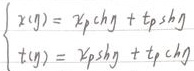
\[\begin{cases}x(y)=x_{P}\text{ch}y + t_{P}\text{sh}y\\t(y)=x_{P}\text{sh}y + t_{P}\text{ch}y\end{cases}\]